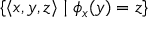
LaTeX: \lbrace \left\langle x , y , z \right\rangle \mid \phi _ { x } ( y ) = z \rbrace